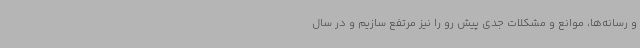
و رسانه‌ها، موانع و مشکلات جدی پیش رو را نیز مرتفع سازیم و در سال